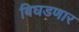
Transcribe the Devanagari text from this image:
बिघडणार